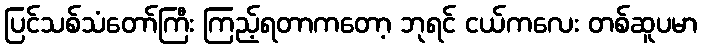
ပြင်သစ်သံတော်ကြီး ကြည့်ရတာကတော့ ဘုရင် ငယ်ကလေး တစ်ဆူပမာ